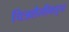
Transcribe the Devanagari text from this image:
चित्रशैलीकडून